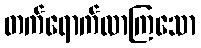
တက်ရောက်လာကြသော